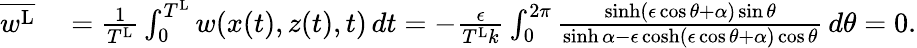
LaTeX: \begin{array}{rl}{\overline{{w^{\textnormal{L}}}}}&{{}=\frac{1}{T^{\textnormal{L}}}\int_{0}^{T^{\textnormal{L}}}w(x(t),z(t),t)\, dt=-\frac{\epsilon}{T^{\textnormal{L}}k}\int_{0}^{2\pi}\frac{\sinh(\epsilon\cos\theta+{\alpha})\sin\theta}{\sinh{\alpha}-\epsilon\cosh(\epsilon\cos\theta+{\alpha})\cos\theta}\, d\theta=0.}\end{array}